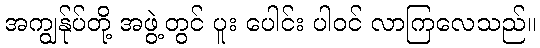
အကျွန်ုပ်တို့ အဖွဲ့တွင် ပူး ပေါင်း ပါဝင် လာကြလေသည်။